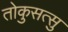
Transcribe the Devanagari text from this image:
तोकुसत्सु